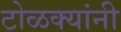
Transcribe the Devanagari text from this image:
टोळक्यांनी